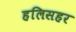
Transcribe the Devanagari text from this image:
हलिसहर